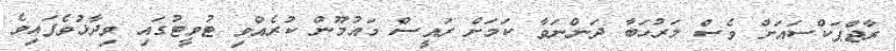
ރާޖްޕަކްސައަށް ވެސް މަރުހަބާ ދަންނަވާ ކަމަށް ރައީސް މައުމޫން ކުރެއްވި ޓުވީޓުގައި ވިދާޅުވެފައިވެ